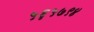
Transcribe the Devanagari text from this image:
५६५७९४